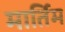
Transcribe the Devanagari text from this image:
मार्तिम